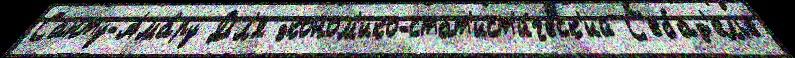
Санту-Ама́ру Дл'я эконом'ико-стат'ист'и́ческ'ий С'ебад'елье